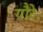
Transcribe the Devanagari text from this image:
गौरेः